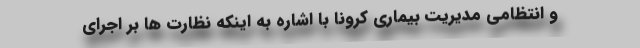
و انتظامی مدیریت بیماری کرونا با اشاره به اینکه نظارت ها بر اجرای